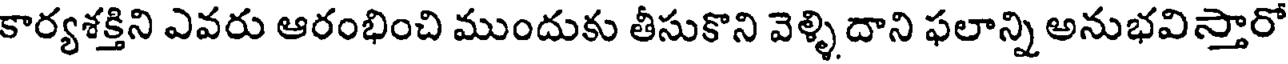
కార్యశక్తిని ఎవరు ఆరంభించి ముందుకు తీసుకొని వెళ్ళిదాని ఫలాన్ని అనుభవిస్తారో